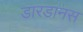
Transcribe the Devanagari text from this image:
डारडानस